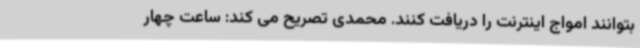
بتوانند امواج اینترنت را دریافت کنند. محمدی تصریح می کند: ساعت چهار